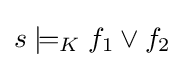
s\models _{K}f_{1}\lor f_{2}